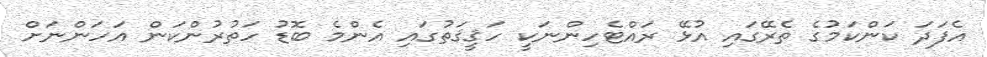
އެފަދަ ކަންކަމުގެ ތެރޭގައި އުޅޭ ރައްޓެހިންނަކީ ހަޤީޤަތުގައި އެންމެ ބޮޑު ހަތުރުންކަން އަހަންނަށް